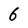
Character: 6